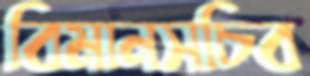
বিমানসচিব